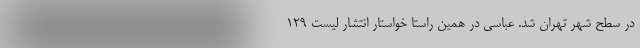
در سطح شهر تهران شد. عباسی در همین راستا خواستار انتشار لیست 129